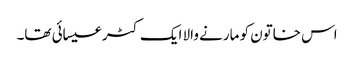
اس خاتون کو مارنے والا ایک کٹر عیسائی تھا۔